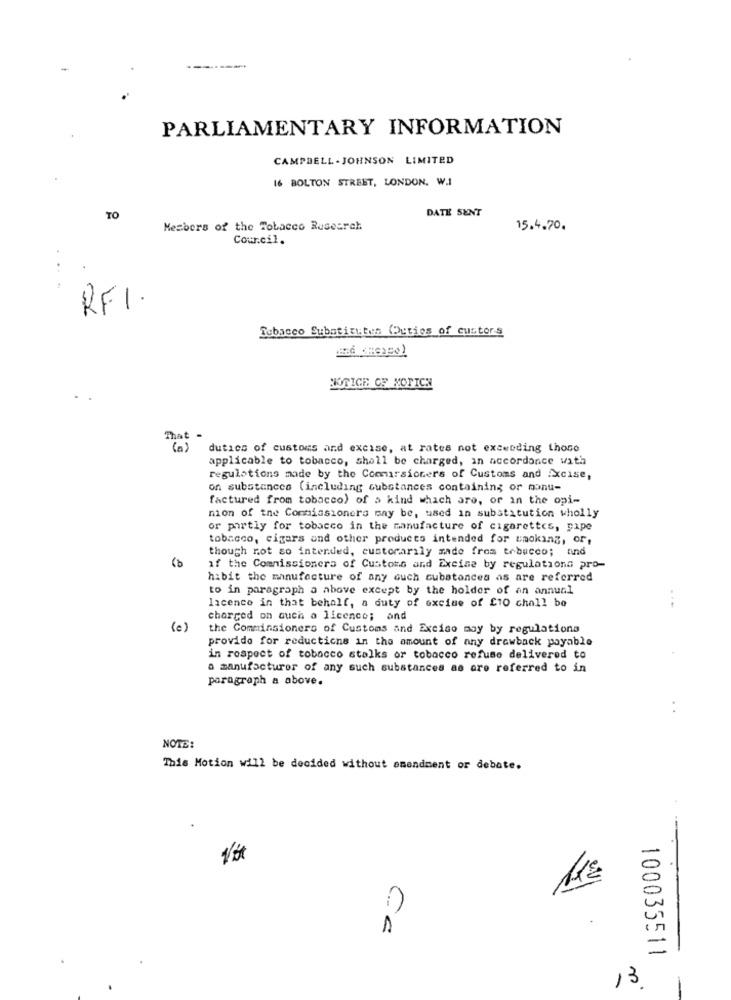
PARLIAMENTARY INFORMATION
CAMPBELL . JOHNSON LIMITED
16 BOLTON STREET, LONDON. W.I
DATE SENT
TO
Members of the Tobacco Research
15.4.70.
Council.
. ..
RFI.
Tobacco Substitutos (Duties of custors
NOTICE CF NOTICH
dutics of customs and excise, at rates not exceeding those
applicable to tobacco, shall be charged, in accordance with
regulations made by the Commissioners of Customs and Xcise,
on substances (including substances containing or monu-
factured from tobacco) of a kind which are, or in the opi-
mion of the Commissioners may be, used in substitution wholly
or partly for tobacco in the manufacture of cigarettes, pipe
tobacco, cigars and other products intended for smoking, or,
though not so intended, custorarily made from tobacco; and
if the Commissioners of Customs and Excise by regulations pro-
hibit the manufacture of any ouch cubatonces as are referred
to in paragraph a above except by the holder of an annual
licence in that behalf, a duty of excise of £10 chall be
charged on auch a licence; and
(e)
the Commissioners of Customs and Excico moy by regulationa
provide for reductions in the amount of any drawback payable
in respect of tobacco stalks or tobacco refuse delivered to
a manufacturer of any such substances as are referred to in
paragraph a above.
NOTE:
This Motion will be decided without amendment or debate.
Ca
100035511
13.